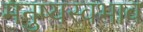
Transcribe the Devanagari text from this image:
मनुष्यस्वभाव